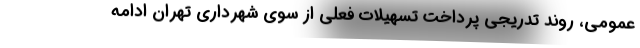
عمومی، روند تدریجی پرداخت تسهیلات فعلی از سوی شهرداری تهران ادامه